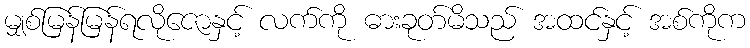
မျှစ်မြန်မြန်ရလိုဇောနှင့် လက်ကို ဓားခုတ်မိသည် အထင်နှင့် အစ်ကိုက